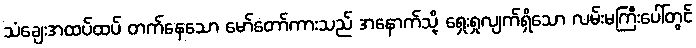
သံချေးအထပ်ထပ် တက်နေသော မော်တော်ကားသည် အနောက်သို့ ရှေးရှုလျက်ရှိသော လမ်းမကြီးပေါ်တွင်